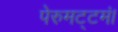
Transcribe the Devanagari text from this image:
पेरुमट्टमं।